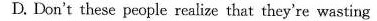
D. Don't these people realize that they're wasting